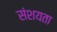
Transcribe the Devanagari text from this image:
संशयता